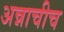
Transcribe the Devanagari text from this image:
अन्नाचीच